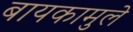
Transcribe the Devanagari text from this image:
बायकामुले